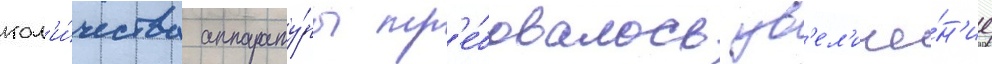
кол'и́чества аппарату́ры тр'е́бовалось ув'ел'иче́н'ие